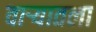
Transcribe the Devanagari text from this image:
वार्‍यातला